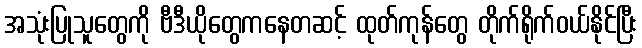
အသုံးပြုသူတွေကို ဗီဒီယိုတွေကနေတဆင့် ထုတ်ကုန်တွေ တိုက်ရိုက်ဝယ်နိုင်ပြီး